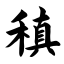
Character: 稹